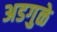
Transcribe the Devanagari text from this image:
अडगुळे